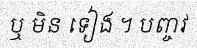
ឬ មិន ទៀង ។ បញ្ចវ